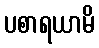
ပစာရယာမိ